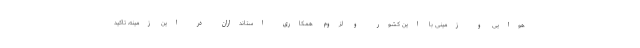
هوایی و زمینی با این کشور و لزوم همکاری استانداران در این زمینه، تاکید